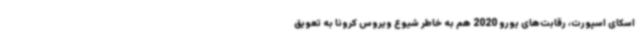
اسکای اسپورت، رقابت‌های یورو 2020 هم به خاطر شیوع ویروس کرونا به تعویق